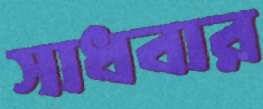
সাধবার